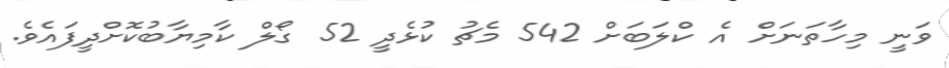
ވަނީ މިހާތަނަށް އެ ކްލަބަށް 542 މެޗު ކުޅެދީ 52 ގޯލް ކާމިޔާބުކޮށްދީފައެވެ.